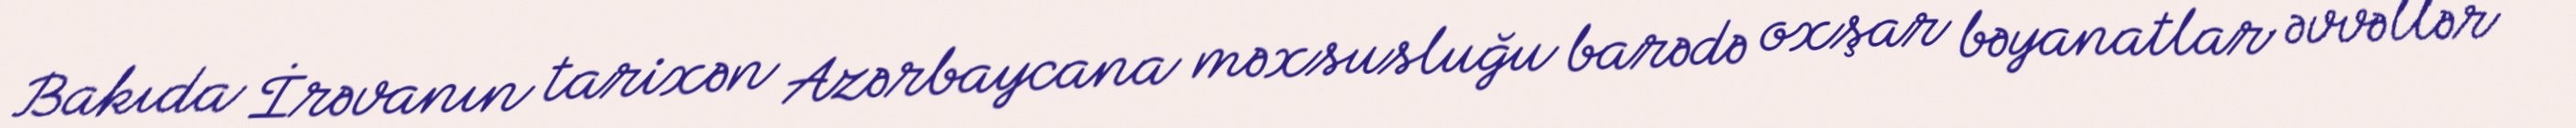
Bakıda İrəvanın tarixən Azərbaycana məxsusluğu barədə oxşar bəyanatlar əvvəllər